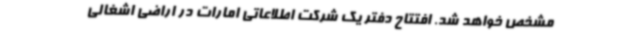
مشخص خواهد شد. افتتاح دفتر یک شرکت اطلاعاتی امارات در اراضی اشغالی